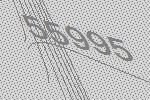
55995